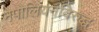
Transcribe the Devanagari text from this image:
नेपोलियनविरुद्ध